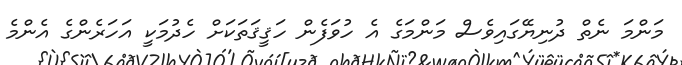
މަންމަ ނެތް ދުނިޔޭގައިވެސް މަންމަގެ އެ ހުވަފެން ހަޤީޤަތަކަށް ހެދުމަކީ އަހަރެންގެ އެންމެ